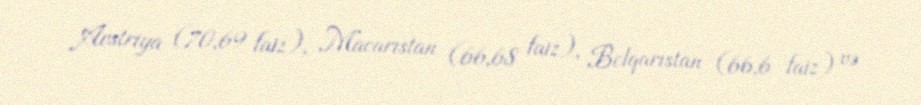
Avstriya (70,69 faiz), Macarıstan (66,68 faiz), Bolqarıstan (66,6 faiz) və